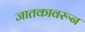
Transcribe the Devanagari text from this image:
जातकावरून